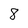
Character: 8